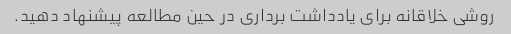
روشی خلاقانه برای یادداشت برداری در حین مطالعه پیشنهاد دهید.